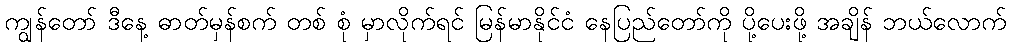
ကျွန်တော် ဒီနေ့ ဓာတ်မှန်စက် တစ် စုံ မှာလိုက်ရင် မြန်မာနိုင်ငံ နေပြည်တော်ကို ပို့ပေးဖို့ အချိန် ဘယ်လောက်